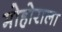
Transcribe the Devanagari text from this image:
मोहोराला